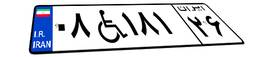
۰۸W۱۸۱۲۶